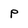
Character: p